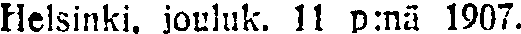
Helsinki, jouluk. 11 p:nä 1907.